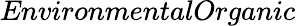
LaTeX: \textit{EnvironmentalOrganic}